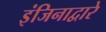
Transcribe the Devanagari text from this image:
इंजिनाद्वारे